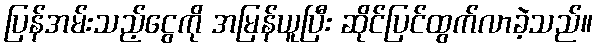
ပြန်အမ်းသည့်ငွေကို အမြန်ယူပြီး ဆိုင်ပြင်ထွက်လာခဲ့သည်။